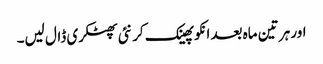
اور ہر تین ماہ بعد انکو پھینک کر نئی پھٹکری ڈال لیں۔